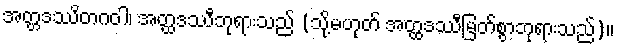
အတ္တဒဿိတဂဝါ၊ အတ္ထဒဿီဘုရားသည် (သို့မဟုတ် အတ္ထဒဿီမြတ်စွာဘုရားသည်)။